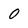
Character: o